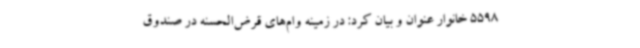
5598 خانوار عنوان و بیان کرد: در زمینه وام‌های قرض‌الحسنه در صندوق